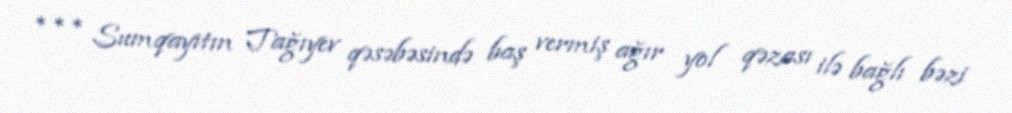
*** Sumqayıtın Tağıyev qəsəbəsində baş vermiş ağır yol qəzası ilə bağlı bəzi